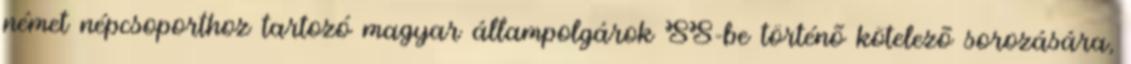
német népcsoporthoz tartozó magyar állampolgárok SS-be történõ kötelezõ sorozására,